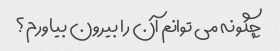
چگونه می توانم آن را بیرون بیاورم؟